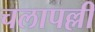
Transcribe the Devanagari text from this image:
चलापल्ली